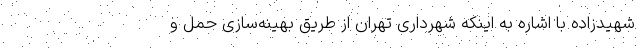
شهیدزاده با اشاره به اینکه شهرداری تهران از طریق بهینه‌سازی حمل و